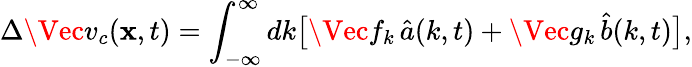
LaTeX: \Delta\Vec{v}_{c}(\mathbf{x},t)=\int_{-\infty}^{\infty}dk\big[\Vec{f}_{k}\, \hat{{a}}(k,t)+\Vec{g}_{k}\, \hat{{b}}(k,t)\big],